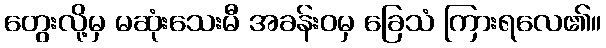
တွေးလို့မှ မဆုံးသေးမီ အခန်းဝမှ ခြေသံ ကြားရလေ၏။